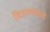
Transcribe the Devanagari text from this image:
खिडक्यांमध्ये